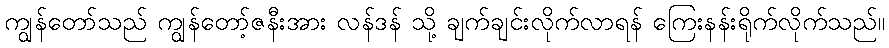
ကျွန်တော်သည် ကျွန်တော့်ဇနီးအား လန်ဒန် သို့ ချက်ချင်းလိုက်လာရန် ကြေးနန်းရိုက်လိုက်သည်။